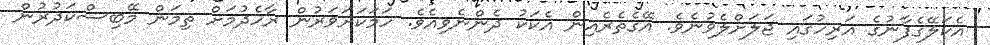
އެކަލޭގެފާނުގެ އަރިހުގައި ޖަލަށްލެވުނެވެ. އޭގެތެރެއިން އެކަކު ދެންނެވިއެވެ. ހަމަކަށަވަރުން ރާހެދުމަށް ތިމަން މޭބިސްކަދުރުން